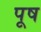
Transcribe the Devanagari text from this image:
पूष